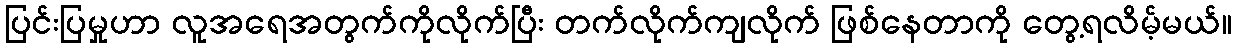
ပြင်းပြမှုဟာ လူအရေအတွက်ကိုလိုက်ပြီး တက်လိုက်ကျလိုက် ဖြစ်နေတာကို တွေ့ရလိမ့်မယ်။